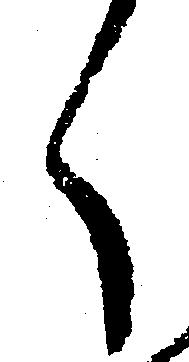
く